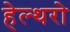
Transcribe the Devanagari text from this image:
हेल्थरो